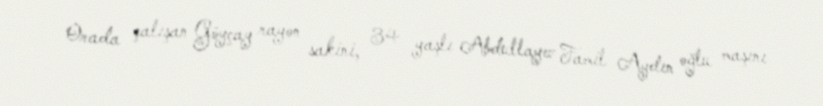
Orada çalışan Göyçay rayon sakini, 34 yaşlı Abdullayev Famil Aydın oğlu maşını